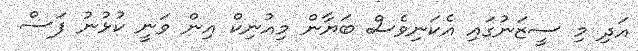
އަދި މި ސީޒަނުގައި އެކަނިވެސް ބަޔާން މިއުނިކް އިން ވަނީ ކުޅުނު ފަސް